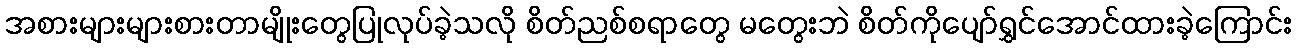
အစားများများစားတာမျိုးတွေပြုလုပ်ခဲ့သလို စိတ်ညစ်စရာတွေ မတွေးဘဲ စိတ်ကိုပျော်ရွှင်အောင်ထားခဲ့ကြောင်း